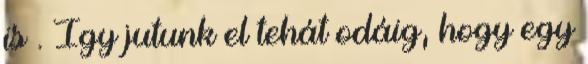
is . Így jutunk el tehát odáig, hogy egy